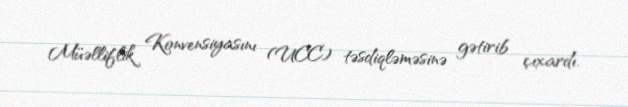
Müəlliflik Konvensiyasını (UCC) təsdiqləməsinə gətirib çıxardı.